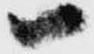
一